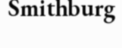
Smithburg